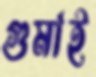
গুমাই